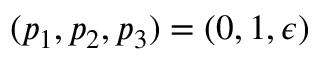
( p _ { 1 } , p _ { 2 } , p _ { 3 } ) = ( 0 , 1 , \epsilon )